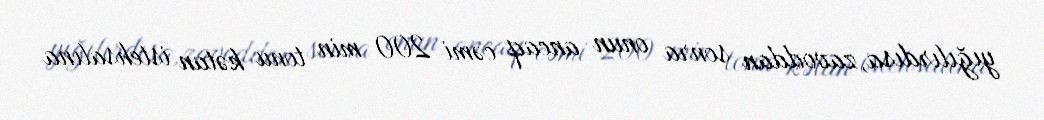
yığılırdısa, zavoddan sonra onun ancaq cəmi 200 min tonu kətan istehsalına